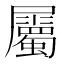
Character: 屬